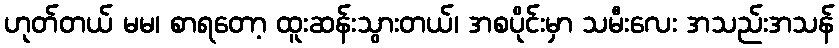
ဟုတ်တယ် မမ၊ စာရတော့ ထူးဆန်းသွားတယ်၊ အစပိုင်းမှာ သမီးလေး အသည်းအသန်